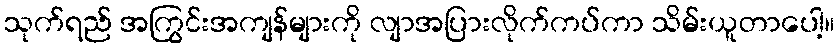
သုက်ရည် အကြွင်းအကျန်များကို လျာအပြားလိုက်ကပ်ကာ သိမ်းယူတာပေါ့။